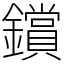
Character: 鑜